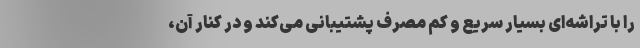
را با تراشه‌ای بسیار سریع و کم مصرف پشتیبانی می‌کند و در کنار آن،